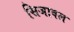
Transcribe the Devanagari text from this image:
सिजावल